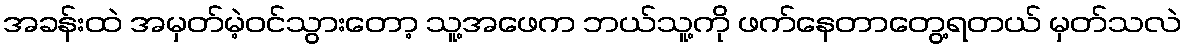
အခန်းထဲ အမှတ်မဲ့ဝင်သွားတော့ သူ့အဖေက ဘယ်သူ့ကို ဖက်နေတာတွေ့ရတယ် မှတ်သလဲ